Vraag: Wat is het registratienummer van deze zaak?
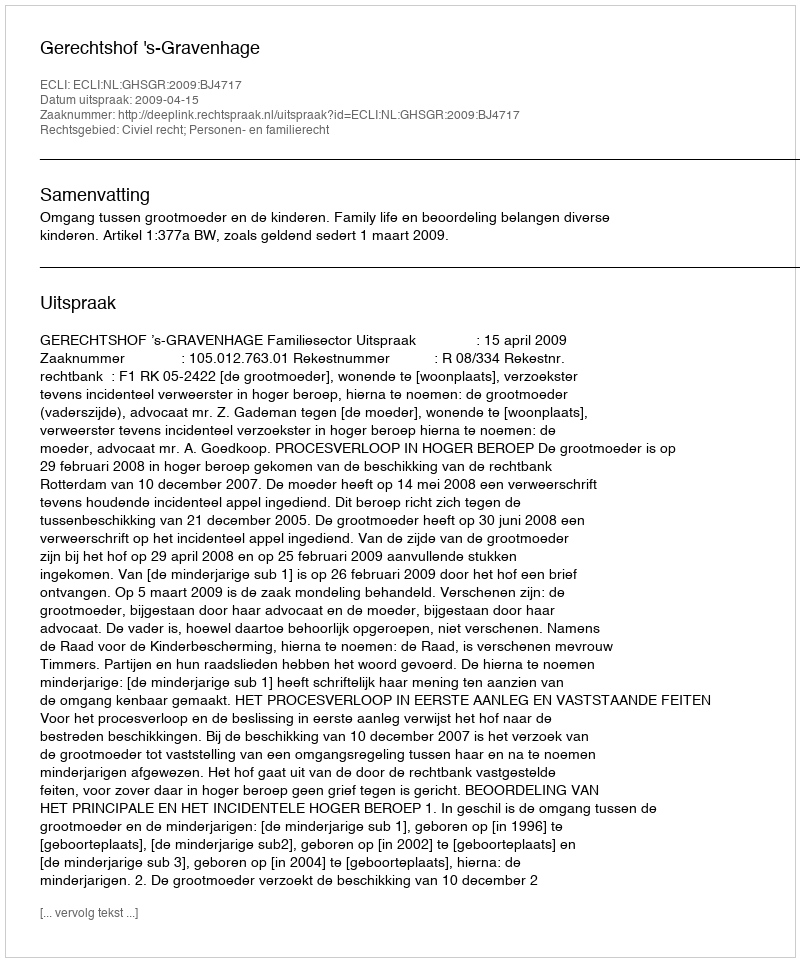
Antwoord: http://deeplink.rechtspraak.nl/uitspraak?id=ECLI:NL:GHSGR:2009:BJ4717